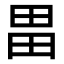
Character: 畕